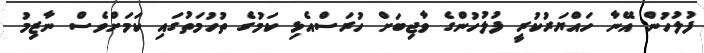
ފުލުހުން އޭނާ ހައްޔަރުކުރީ ފުލުހުންގެ ވާޖިބަށް ހުރަސްއެޅި ކަމުގެ ތުހުމަތުގައި ކަމަށްވެސް ނާޒިމު